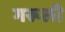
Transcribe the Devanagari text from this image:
गरूली